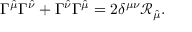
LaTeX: \Gamma ^ { \hat { \mu } } \Gamma ^ { \hat { \nu } } + \Gamma ^ { \hat { \nu } } \Gamma ^ { \hat { \mu } } = 2 \delta ^ { \mu \nu } \mathcal { R } _ { \hat { \mu } } .